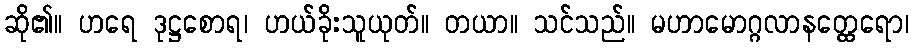
ဆို၏။ ဟရေ ဒုဋ္ဌစောရ၊ ဟယ်ခိုးသူယုတ်။ တယာ။ သင်သည်။ မဟာမောဂ္ဂလာနတ္ထေရော၊